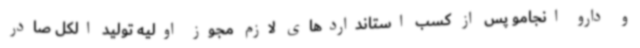
و دارو انجامو پس از کسب استانداردهای لازم مجوز اولیه تولید الکل صادر